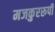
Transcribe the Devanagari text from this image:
मजकुररूपी